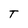
Character: T